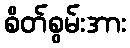
စိတ်စွမ်းအား